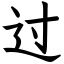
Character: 过